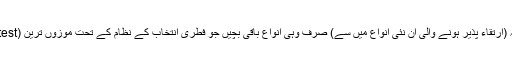
مزید یہ کہ (ارتقاء پذیر ہونے والی ان نئی انواع میں سے) صرف وہی انواع باقی بچیں جو فطری انتخاب کے نظام کے تحت موزوں ترین (Fittest) تھیں۔